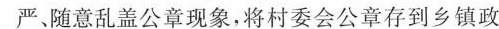
严、随意乱盖公章现象，将村委会公章存到乡镇政